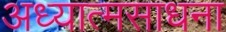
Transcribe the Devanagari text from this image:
अध्यात्मसाधना